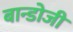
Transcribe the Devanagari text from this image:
बान्डोजी